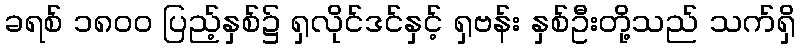
ခရစ် ၁၈၀၀ ပြည့်နှစ်၌ ရှလိုင်ဒင်နှင့် ရှဗန်း နှစ်ဦးတို့သည် သက်ရှိ